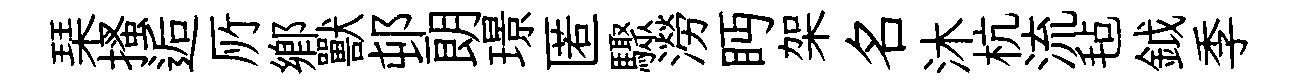
琹搔逅𠩄鄉獸邨朗璟匿驟澇眄架名沐杭流毡鉞季